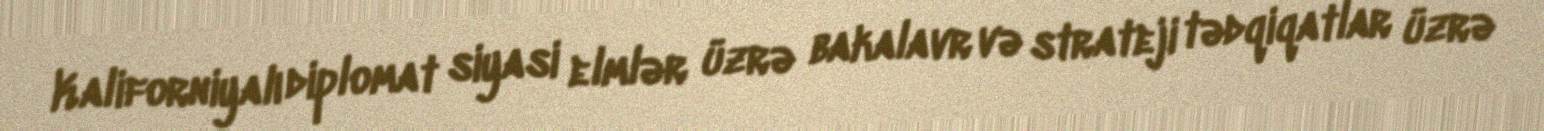
Kaliforniyalı diplomat siyasi elmlər üzrə bakalavr və strateji tədqiqatlar üzrə